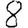
Digit: 8